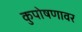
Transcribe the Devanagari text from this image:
कुपोषणावर